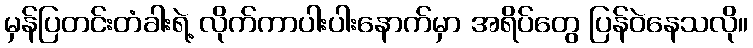
မှန်ပြတင်းတံခါးရဲ့ လိုက်ကာပါးပါးနောက်မှာ အရိပ်တွေ ပြန်ဝဲနေသလို။